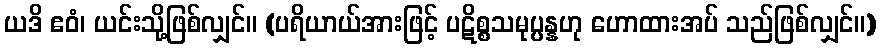
ယဒိ ဧဝံ၊ ယင်းသို့ဖြစ်လျှင်။ (ပရိယာယ်အားဖြင့် ပဋိစ္စသမုပ္ပန္နဟု ဟောထားအပ် သည်ဖြစ်လျှင်။)